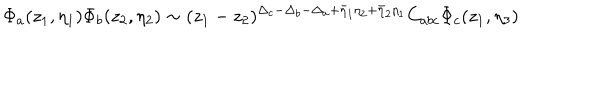
LaTeX: \Phi _ { a } ( z _ { 1 } , \eta _ { 1 } ) \Phi _ { b } ( z _ { 2 } , \eta _ { 2 } ) \sim ( z _ { 1 } - z _ { 2 } ) ^ { \Delta _ { c } - \Delta _ { b } - \Delta _ { a } + \bar { \eta } _ { 1 } \eta _ { 2 } + \bar { \eta } _ { 2 } \eta _ { 1 } } C _ { a b c } \Phi _ { c } ( z _ { 1 } , \eta _ { 3 } )